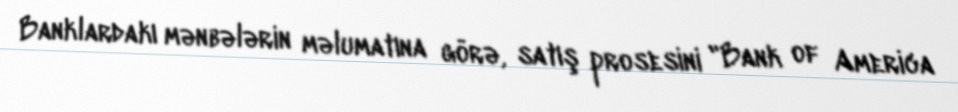
Banklardakı mənbələrin məlumatına görə, satış prosesini "Bank of America